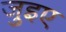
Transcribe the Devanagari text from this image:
जुइए